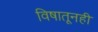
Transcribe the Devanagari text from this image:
विषातूनही